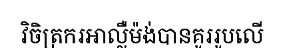
វិចិត្រករអាល្លឺម៉ង់បានគូររូបលើ